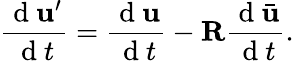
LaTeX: \frac{\mathrm{~d~}\mathbf{u}^{\prime}}{\mathrm{~d~}t}=\frac{\mathrm{~d~}\mathbf{u}}{\mathrm{~d~}t}-\mathbf{R}\frac{\mathrm{~d~}\bar{\mathbf{u}}}{\mathrm{~d~}t}.